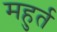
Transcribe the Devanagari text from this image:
महुर्त